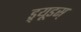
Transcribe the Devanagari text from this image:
ड्र्यूडस्